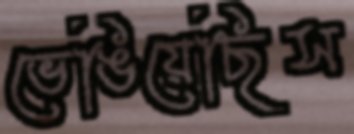
ভেঙিয়েছিস